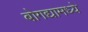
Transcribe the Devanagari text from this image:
बोगद्यामध्ये